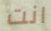
انت